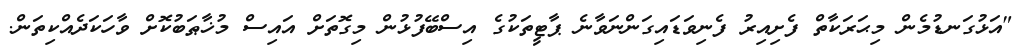
"އަޅުގަނޑުމެން މިޙަރަކާތް ފެށިއިރު ފެނިވަޑައިގަންނަވާނެ ޕާޓީތަކުގެ އިސްބޭފުޅުން މިގޮތަށް އައިސް މުޚާޠަބުކޮށް ވާހަކަދެއްކިތަން.